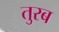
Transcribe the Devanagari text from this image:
तुरब